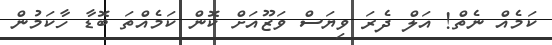
ކަމެއް ނެތް! އަލް ދެރަ ވިޔަސް ވަޒޫއަށް ކޮން ކަމެއްތަ ބޮޑާ ހާކަމުން